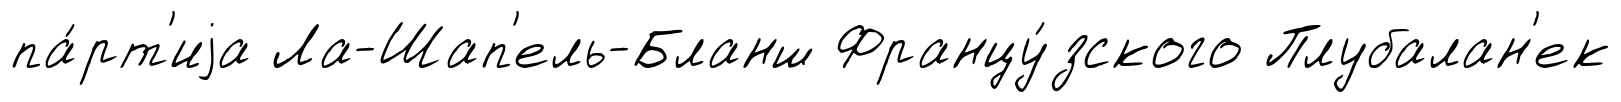
па́рт'иjа Ла-Шап'ель-Бланш Францу́зского Плубалан'ек